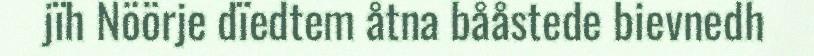
jïh Nöörje dïedtem åtna bååstede bievnedh